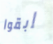
إبقوا